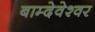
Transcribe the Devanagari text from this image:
बाम्देवेश्वर